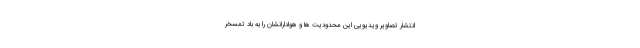
انتشار تصاویر ویدیویی این محدودیت ها و هوادارانشان را به باد تمسخر